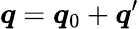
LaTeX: \boldsymbol{q}=\boldsymbol{q}_{0}+\boldsymbol{q}^{\prime}